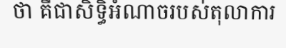
ថា គឺជាសិទ្ធិអំណាចរបស់តុលាការ